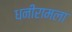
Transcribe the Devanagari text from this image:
धनीरामला